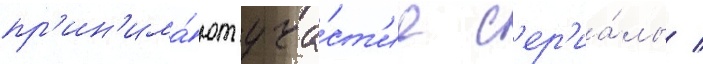
пр'ин'има́ют уча́ст'ие с'ер'иа́лы /